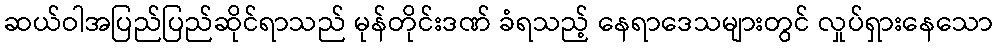
ဆယ်ဝါအပြည်ပြည်ဆိုင်ရာသည် မုန်တိုင်းဒဏ် ခံရသည့် နေရာဒေသများတွင် လှုပ်ရှားနေသော